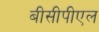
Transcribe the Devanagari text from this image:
बीसीपीएल